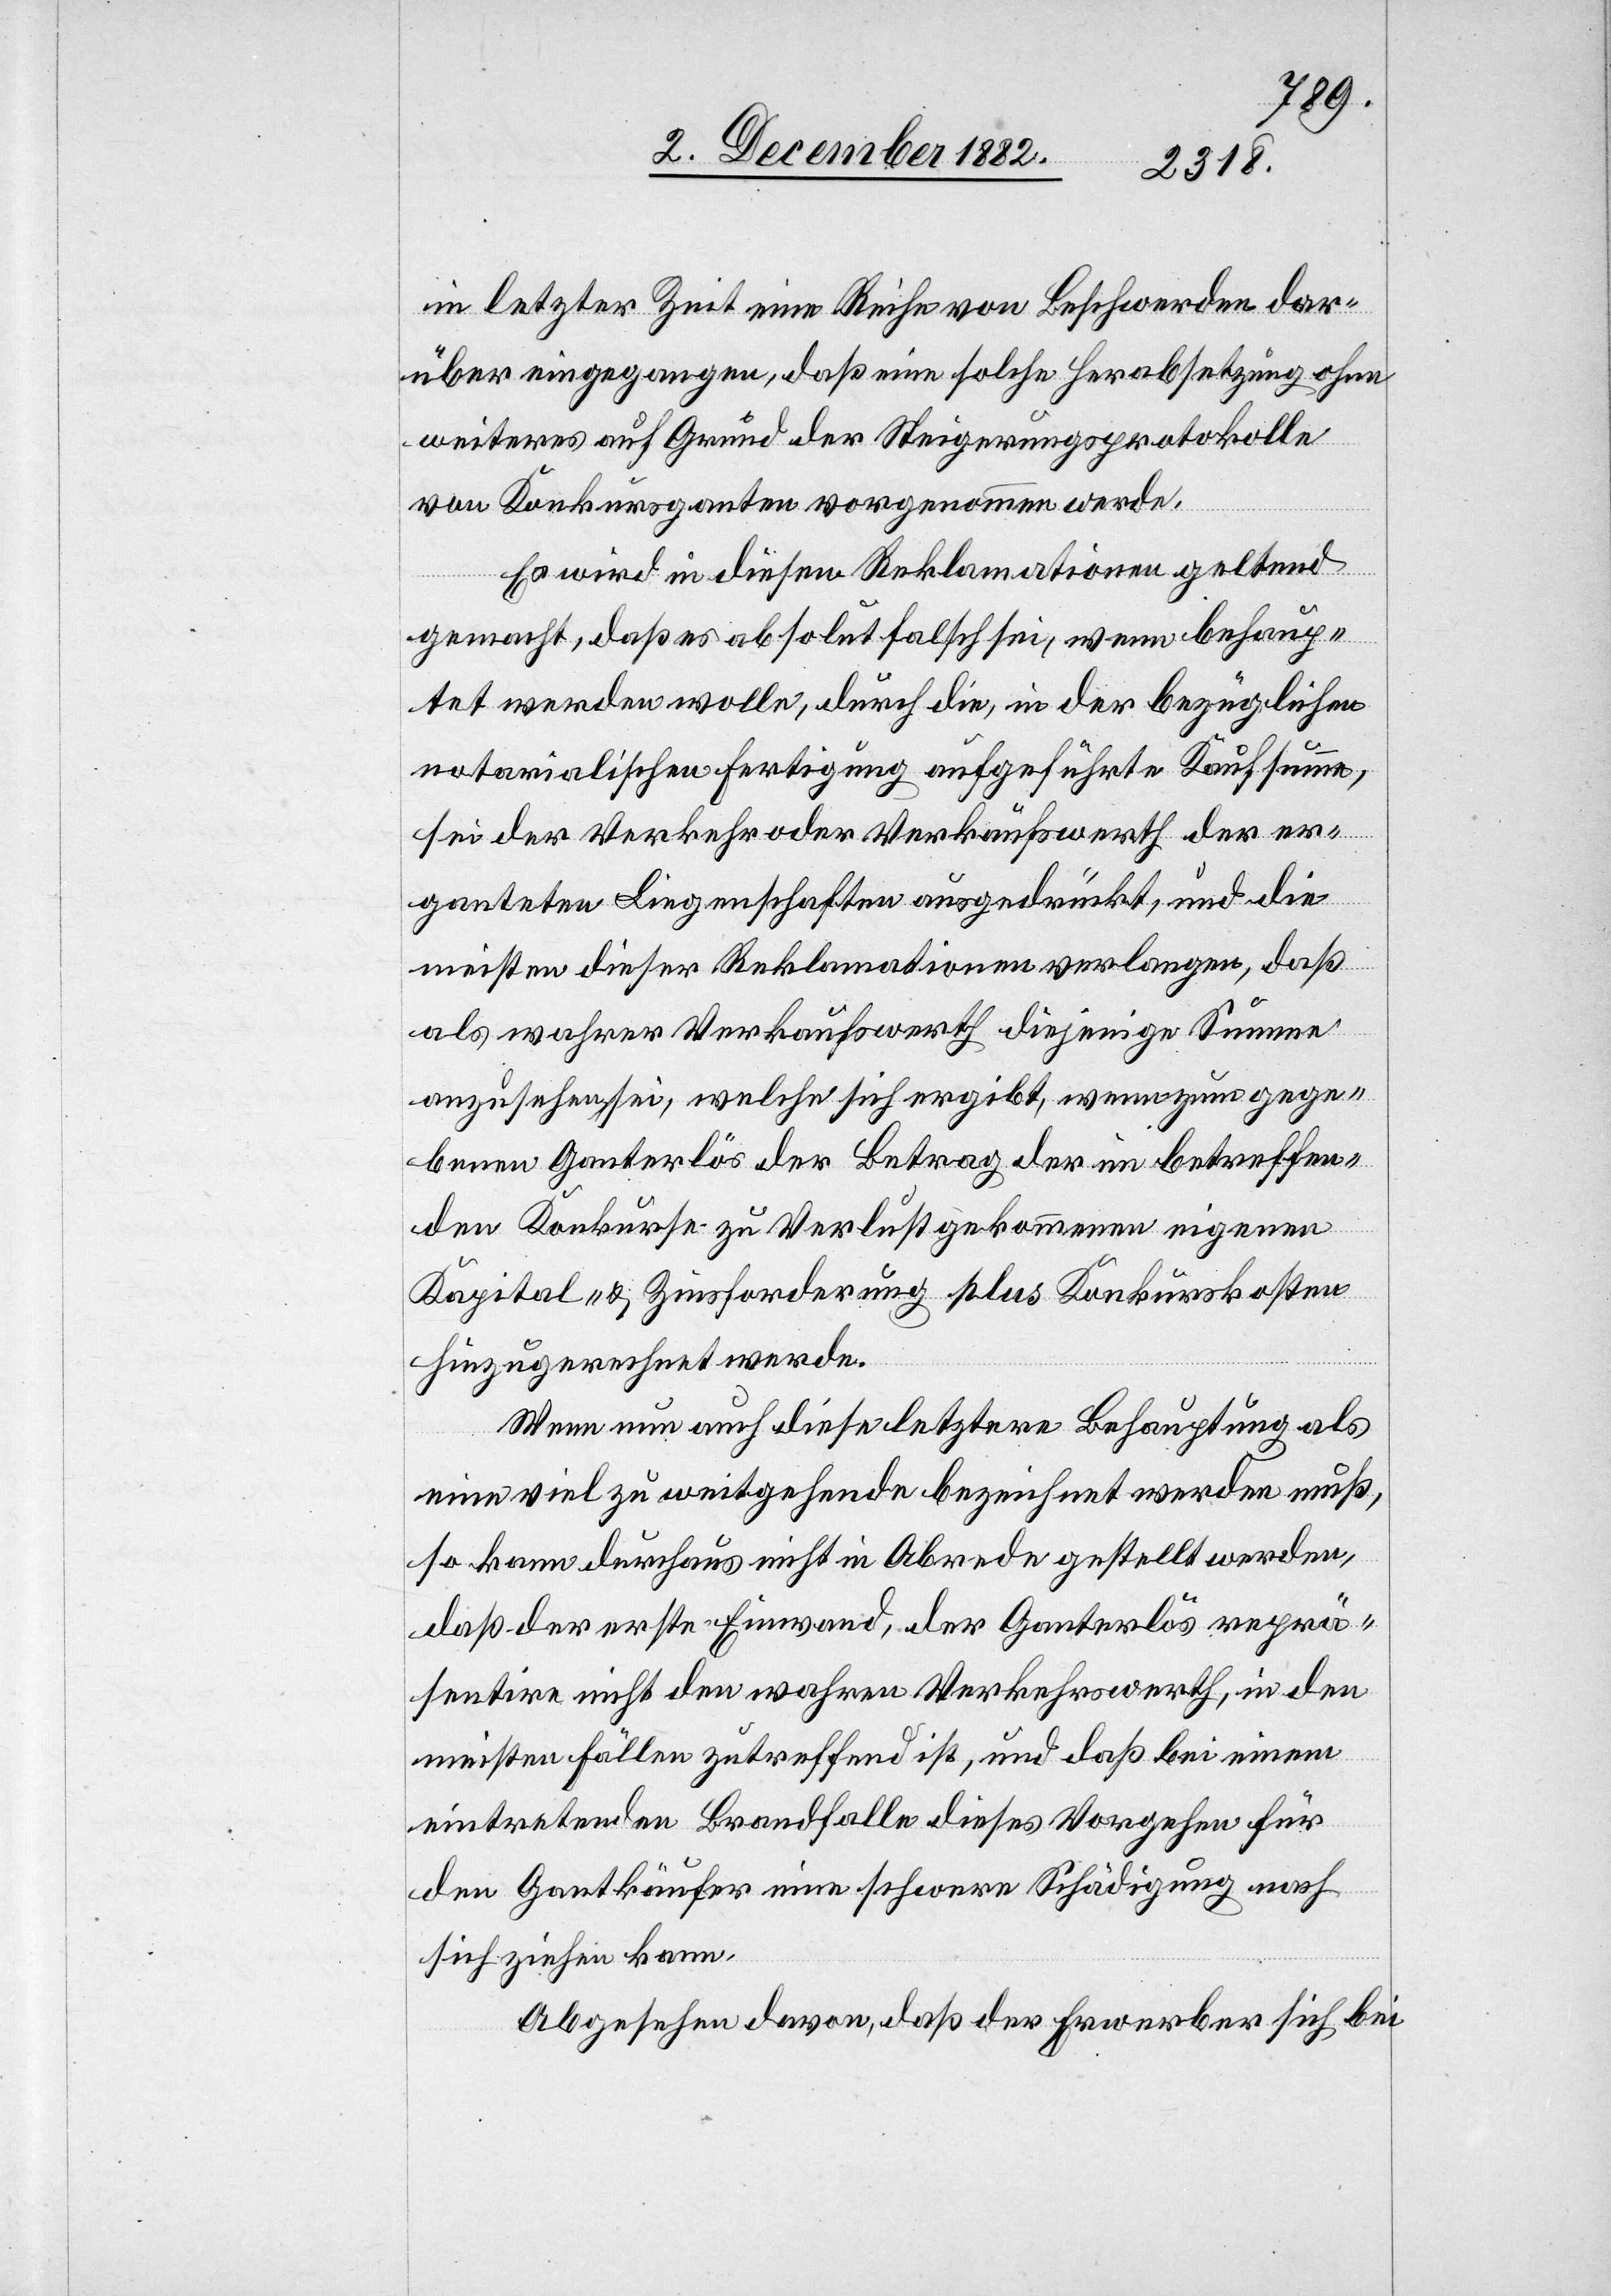
in letzter Zeit eine Reihe von Beschwerden dar¬
über eingegangen, daß eine solche Herabsetzung ohne
weiteres auf Grund der Steigerungsprotokolle
von Konkursganten vorgenommen werde.
Es wird in diesen Reklamationen geltend
gemacht, daß es absolut falsch sei, wenn behaup¬
tet werden wolle, durch die, in der bezüglichen
notarialischen Fertigung aufgeführte Kaufsumme,
sei der Verkehr oder Verkaufswerth der er¬
ganteten Liegenschaften ausgedrückt, und die
meisten dieser Reklamationen verlangen, daß
als wahrer Verkaufswerth diejenige Summe
anzusehen sei, welche sich ergibt, wenn zum gege¬
benen Ganterlös der Betrag der im betreffen¬
den Konkurse zu Verlust gekommenen eigenen
Kapital- & Zinsforderung plus Konkurskosten
hinzugerechnet werde.
Wenn nun auch diese letztere Behauptung als
eine viel zu weitgehende bezeichnet werden muß,
so kann durchaus nicht in Abrede gestellt werden,
daß der erste Einwand, der Ganterlös reprä¬
sentire nicht den wahren Verkehrswerth, in den
meisten Fällen zutreffend ist, und daß bei einem
eintretenden Brandfalle dieses Vorgehen für
den Gantkäufer eine schwere Schädigung nach
sich ziehen kann.
Abgesehen davon, daß der Erwerber sich bei